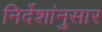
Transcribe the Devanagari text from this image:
निर्देशांनुसार